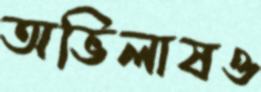
অভিলাষও